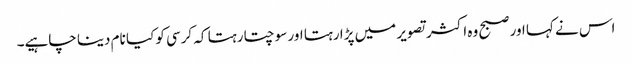
اس نے کہا اور صبح وہ اکثر تصویر میں پڑا رہتا اور سوچتا رہتا کہ کرسی کو کیا نام دینا چاہیے۔